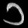
Digit: ၁